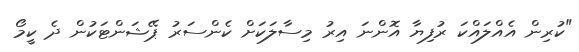
"ކުރިން އެއްލައްކަ ރުފިޔާ އޮންނަ އިރު މިސާލަކަށް ކެންސަރު ޕޭޝަންޓަކުން ދެ ކީމޯ